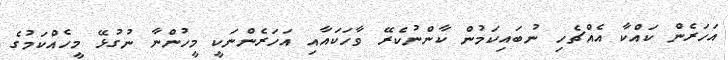
އަހަރެން ކައްކާ އެއްޗެހި ނުބައިކަމުން ކާންނުކެރޭ ވާހަކައާއި އަހަރެންނަކީ މީހުންނާ ނުގުޅޭ މީހެއްކަމުގެ